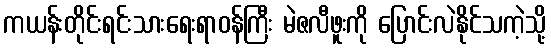
ကယန်းတိုင်းရင်းသားရေးရာဝန်ကြီး မဲဇလီဖူးကို ပြောင်းလဲနိုင်သကဲ့သို့